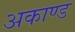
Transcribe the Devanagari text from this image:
अकाण्ड